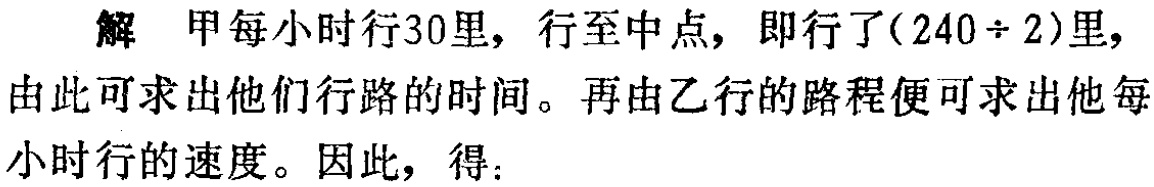
解 甲每小时行30里，行至中点，即行了\((240\div 2)\)里，由此可求出他们行路的时间。再由乙行的路程便可求出他每小时行的速度。因此，得：